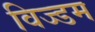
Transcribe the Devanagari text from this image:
विज्डम